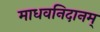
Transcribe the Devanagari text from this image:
माधवनिदानम्